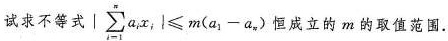
试求不等式 $$| \sum _ { i - 1 } ^ { n } a _ { 1 } x _ { 1 } | ≤ m ( a _ { 1 } - a _ { n } )$$ 恒成立的m的取值范围.